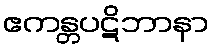
ဧကန္တပဋိဘာနာ